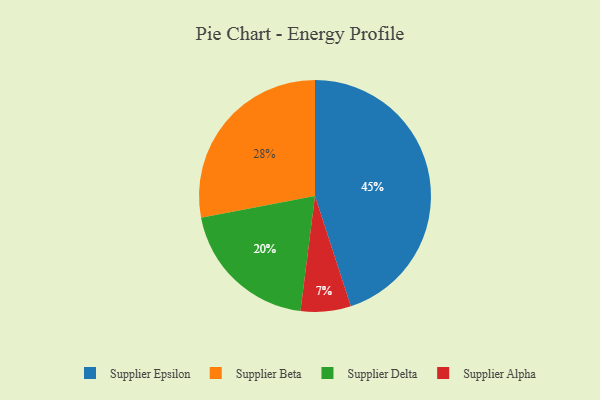
{"axis": {"x": "Category", "y": "Percentage"}, "legend": ["Supplier Alpha", "Supplier Beta", "Supplier Delta", "Supplier Epsilon"], "data": [{"x": "Supplier Alpha", "y": 7, "type": "Supplier Alpha"}, {"x": "Supplier Beta", "y": 28, "type": "Supplier Beta"}, {"x": "Supplier Epsilon", "y": 45, "type": "Supplier Epsilon"}, {"x": "Supplier Delta", "y": 20, "type": "Supplier Delta"}]}